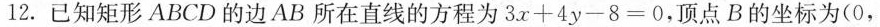
12.已知矩形ABCD的边AB所在直线的方程为$$3 \chi + 4 y - 8 = 0$$，顶点B的坐标为(0，